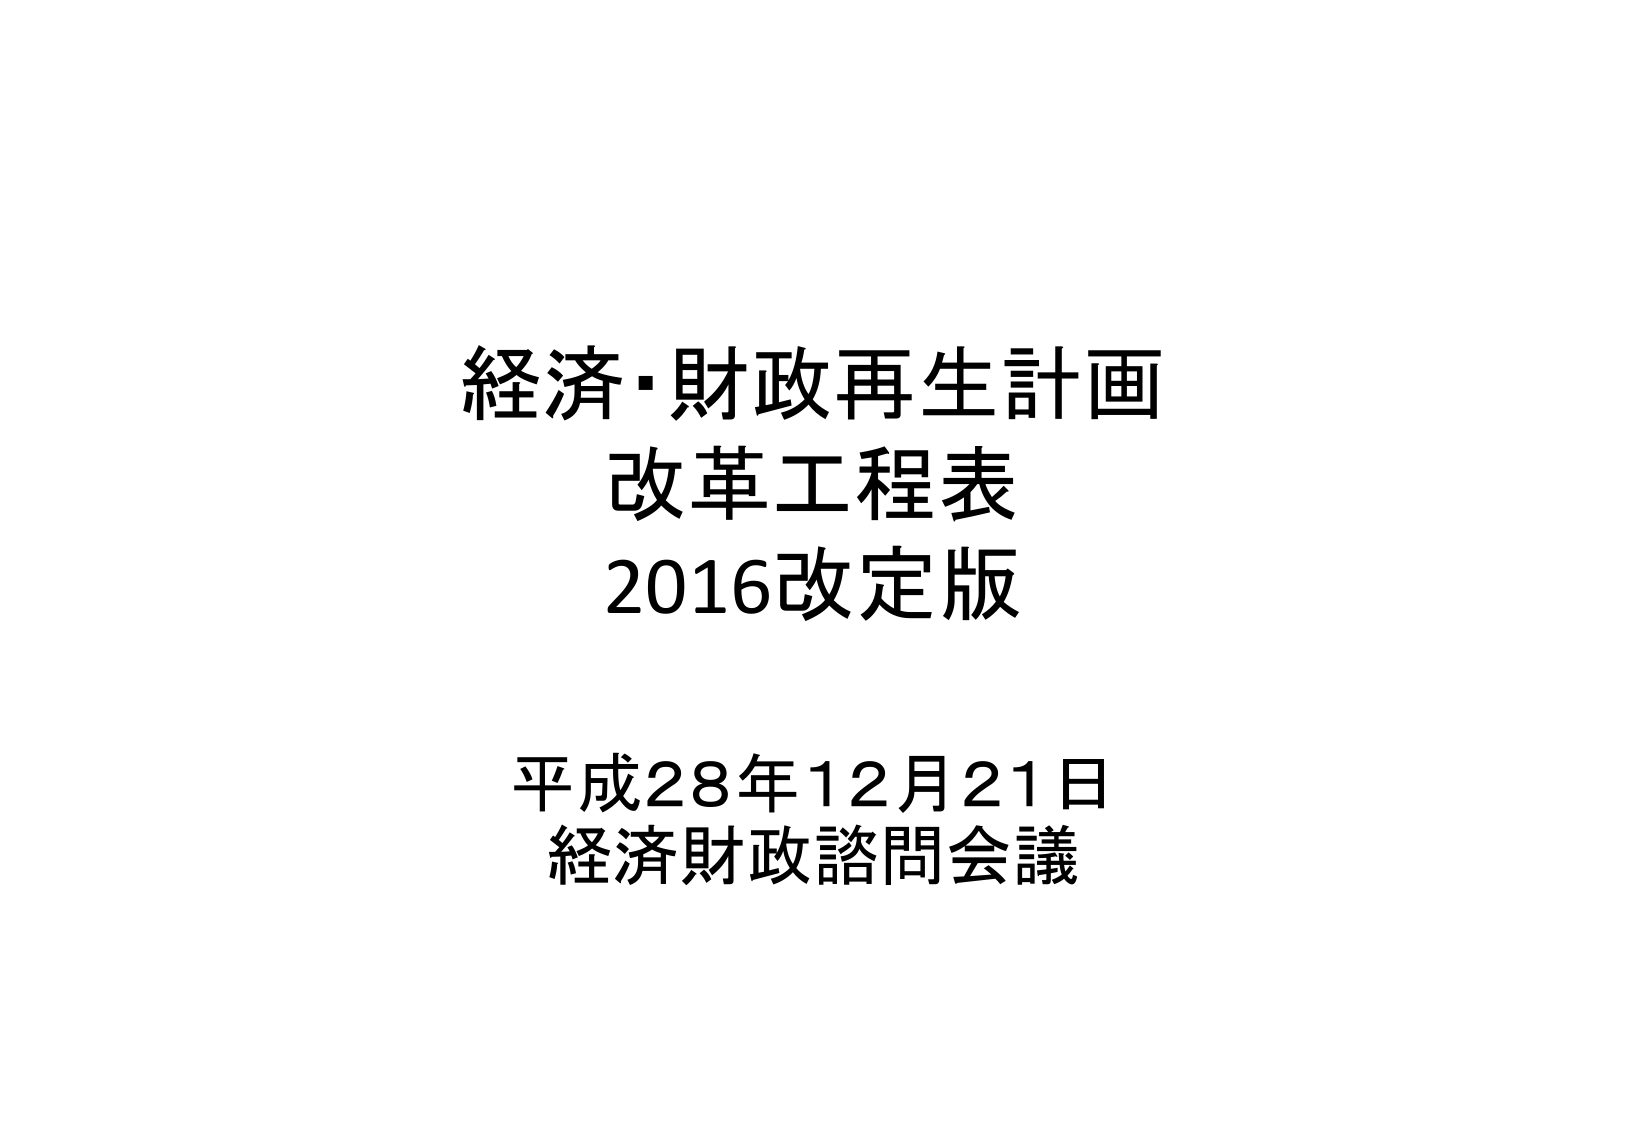
経済・財政再生計画
改革工程表
2016改定版

平成28年12月21日
経済財政諮問会議